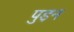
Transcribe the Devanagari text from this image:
पुइन